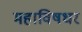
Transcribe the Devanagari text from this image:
महाविषधर